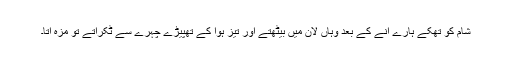
شام کو تھکے ہارے آنے کے بعد وہاں لان میں بیٹھتے اور تیز ہوا کے تھپیڑے چہرے سے ٹکراتے تو مزہ آتا۔